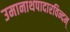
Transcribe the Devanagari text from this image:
उमानाथपादारविन्दम्